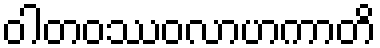
ဝါတဝဿဝလာဟကာတိ